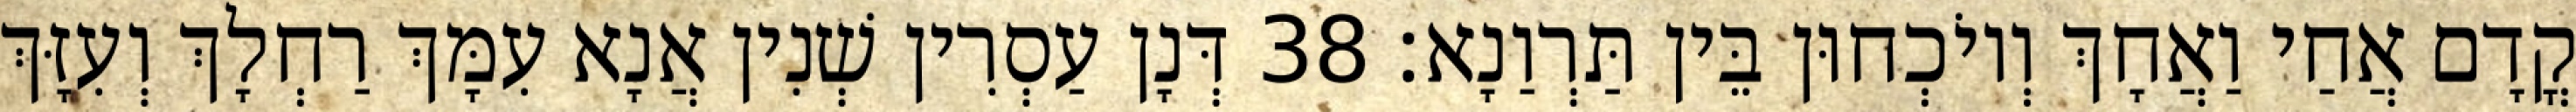
קֳדָם אֲחַי וַאֲחָךְ וְיוֹכְחוּן בֵּין תַּרְוַנָא׃ 38 דְּנָן עַסְרִין שְׁנִין אֲנָא עִמָּךְ רַחְלָךְ וְעִזָּךְ